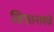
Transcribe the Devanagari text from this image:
व्हिएतनामचे